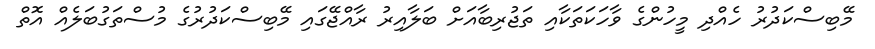
މޭބިސްކަދުރު ހެއްދި މީހުންގެ ވާހަކަތަކާއި ތަޖުރިބާއަށް ބަލާއިރު ރާއްޖޭގައި މޭބިސްކަދުރުގެ މުސްތަގުބަލެއް އޮތްް